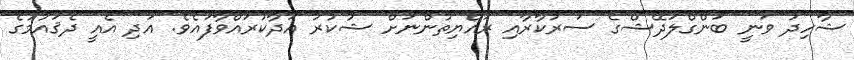
ޝާހިދު ވަނީ ބަންގްލަދޭޝްގެ ސަރުކާރާއި ރައްޔިތުންނަށް ޝުކުރު އަދާކުރައްވާފައެވެ. އަދި އެއީ ދެޤައުމުގެ